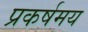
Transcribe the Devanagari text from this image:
प्रकर्षमय